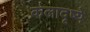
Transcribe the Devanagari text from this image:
कलादृष्ये